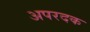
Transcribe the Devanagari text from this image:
अपरदक